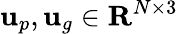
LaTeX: {\mathbf u}_{p},{\mathbf u}_{g}\in{\mathbf R}^{N\times 3}